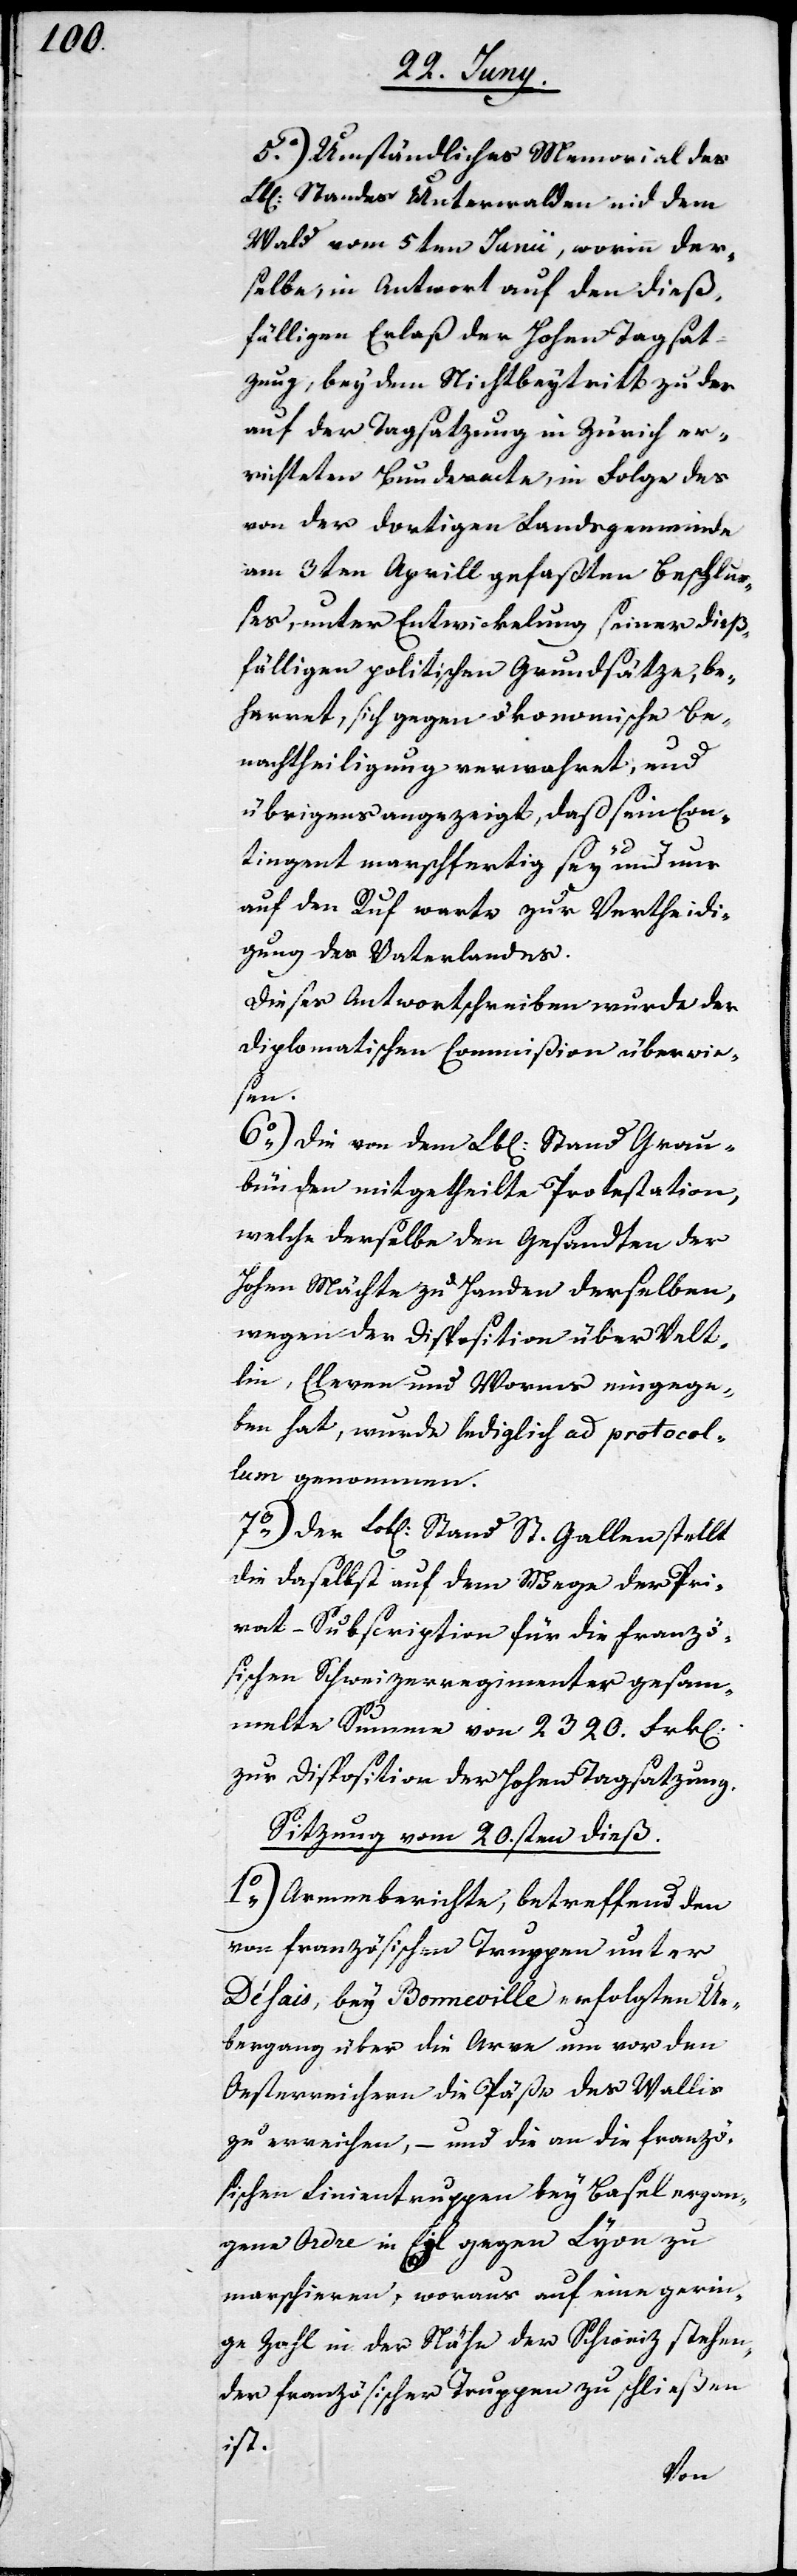
5o) Umständliches Memorial des
Standes Unterwalden nid dem
Wald vom 5ten Junii, worinn der¬
selbe, in Antwort auf den dieß¬
fälligen Erlaß der Hohen Tagsat¬
zung, bey dem Nichtbeytritt zu der
auf der Tagsatzung in Zürich er¬
richteten Bundesacte, in Folge des
von der dortigen Landsgemeinde
am 3ten Aprill gefaßten Beschlu¬
ßes, unter Entwicklung seiner dieß¬
fälligen politischen Grundsätze, be¬
harret, sich gegen ökonomische Be¬
nachtheiligung verwahrt, und
übrigens anzeigt, daß sein Con¬
tingent marschfertig sey und nur
auf den Ruf warte zur Vertheidi¬
gung des Vaterlandes.
Dieses Antwortschreiben wurde der
Diplomatischen Commißion überwie¬
sen.
6o) Die von dem Lb[lichen] Stand Grau¬
bünden mitgetheilte Protestation,
welche derselbe den Gesandten der
Hohen Mächte zu Handen derselben,
wegen der Disposition über Velt¬
lin, Cleven und Worms eingege¬
ben hat, wurde lediglich ad protocol¬
lum genommen.
7o) Der Lob[liche] Stand St. Gallen stellt
die daselbst auf dem Wege der Pri¬
vat-Subscription für die Franzö¬
sischen Schweizerregimenter gesam¬
melte Summe von 2320. Frk.
zur Disposition der Hohen Tagsatzung.
Sitzung vom 20.sten dieß.
1o) Armeeberichte, betreffend den
von französischen Truppen unter
Déhais, bey Bonneville erfolgten Ü¬
bergang über die Arve um vor den
Oesterreichern die Päße des Wallis
zu erreichen, – und die an die franzö¬
sischen Linientruppen bey Basel ergan¬
gene Ordre in Eil gegen Lyon zu
marschieren, woraus auf eine gerin¬
ge Zahl in der Nähe der Schweiz stehen¬
der französischer Truppen zu schließen
ist.